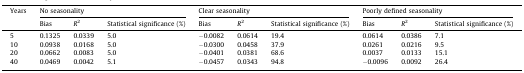
| <ROWSPAN=2> Years | <COLSPAN=3> No seasonality | <COLSPAN=3> Clear seasonality | <COLSPAN=3> Poorly defined seasonality |
 | Bias | R2 | Statistical significance (%) | Bias | R2 | Statistical significance (%) | Bias | R2 | Statistical significance (%) |
 | --- | --- | --- | --- | --- | --- | --- | --- | --- | --- |
 | 5 | 0.1325 | 0.0339 | 5.0 | −0.0082 | 0.0614 | 19.4 | 0.0614 | 0.0386 | 7.1 |
 | 10 | 0.0938 | 0.0168 | 5.0 | −0.0300 | 0.0458 | 37.9 | 0.0261 | 0.0216 | 9.5 |
 | 20 | 0.0662 | 0.0083 | 5.0 | −0.0401 | 0.0381 | 68.6 | 0.0037 | 0.0133 | 15.1 |
 | 40 | 0.0469 | 0.0042 | 5.1 | −0.0457 | 0.0343 | 94.8 | −0.0096 | 0.0092 | 26.4 |